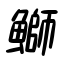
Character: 鰤